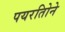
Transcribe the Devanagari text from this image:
पयरतिोने